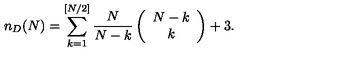
n _ { D } ( N ) = \sum _ { k = 1 } ^ { [ N / 2 ] } \frac { N } { N - k } \left( \begin{array} { c } { N - k } \\ { k } \\ \end{array} \right) + 3 .